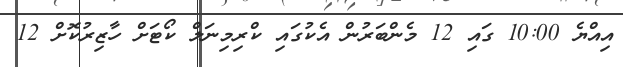
އިއްޔެ 10:00 ގައި 12 މެންބަރުން އެކުގައި ކްރިމިނަލް ކޯޓަށް ހާޒިރުކޮށް 12